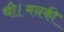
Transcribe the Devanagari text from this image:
थी।मनकी